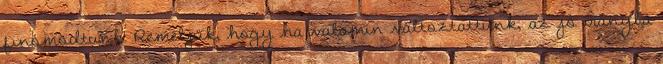
finomodtunk. Reméljük, hogy ha valamin változtattunk, az jó irányba